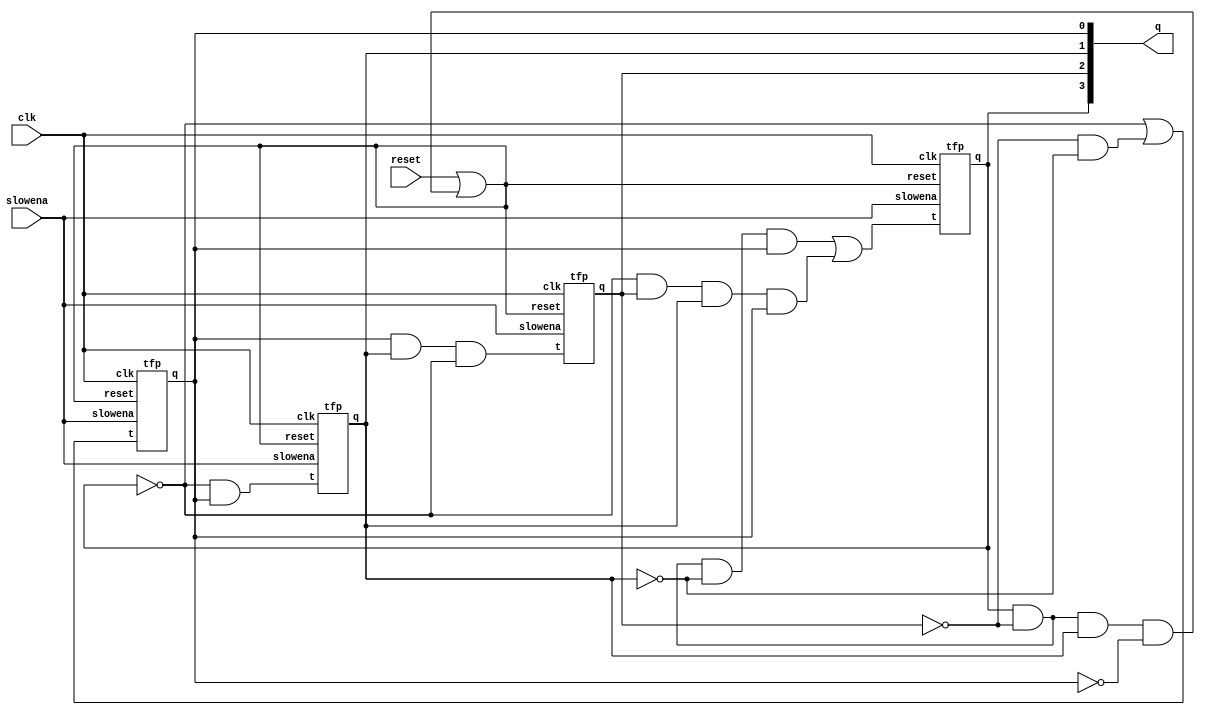
/*Build a decade counter that counts from 0 through 9, inclusive, with a period of 10. The reset input is synchronous, and should reset the counter to 0. We want to be able to pause the counter rather than always incrementing every clock cycle, so the slowena input indicates when the counter should increment.*/
module top_module (
    input clk,
    input slowena,
    input reset,
    output [3:0] q);
    supply1 vdd;
    wire rst;
    tfp one((~q[3])|(~q[2]&~q[1]),clk,slowena,reset|rst,q[0]);
    tfp two((~q[3]&q[0]),clk,slowena,reset|rst,q[1]);
    tfp three((q[0]&q[1]&~q[3]),clk,slowena,reset|rst,q[2]);
    tfp four((q[3]&~q[2]&~q[1]&q[0])|(~q[3]&q[2]&q[1]&q[0]),clk,slowena,reset|rst,q[3]);
    assign rst=q[3]&~q[2]&q[1]&~q[0];
endmodule
module tfp(input t,clk,slowena,reset,output reg q);
    reg qn=1'b0;
    always@(posedge clk)
        begin
            if(reset)
                begin
                qn=1'b0;
                end
            else if(!reset && slowena)
                begin
                if(t==1)
                qn=~qn;
                end
            else if(!slowena)
                qn=qn;
            
             q=qn;
        end
endmodule